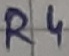
Text: R4